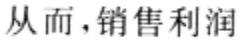
从而，销售利润